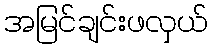
အမြင်ချင်းဖလှယ်